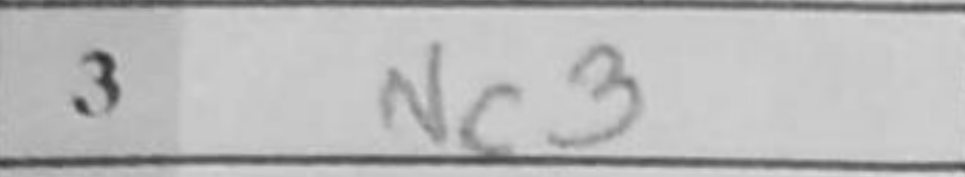
Transcription: Nc3